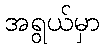
အရွယ်မှာ